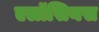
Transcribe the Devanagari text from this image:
एलॉसियस